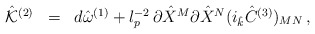
\begin{align*}\begin{array}{rcl}{\hat {\cal K}}^{(2)} &=& d {\hat \omega}^{(1)} + l_p^{-2}\, \partial{\hat X}^{M} \partial{\hat X}^{N} (i_{\hat k} {\hat C}^{(3)})_{MN} \, , \\\end{array}\end{align*}